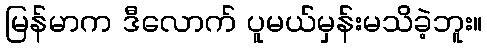
မြန်မာက ဒီလောက် ပူမယ်မှန်းမသိခဲ့ဘူး။